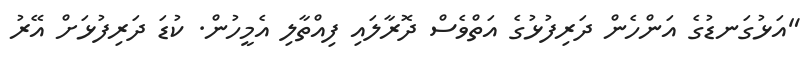
"އަޅުގަނޑުގެ އަންހެން ދަރިފުޅުގެ އަތްވެސް ދޮރާލައި ފިއްތާލި އެމީހުން. ކުޑަ ދަރިފުޅަށް އޭރު